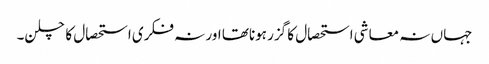
جہاں نہ معاشی استحصال کا گزر ہوناتھا اور نہ فکری استحصال کا چلن۔